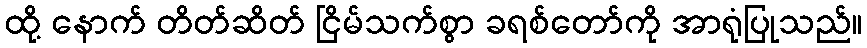
ထို့ နောက် တိတ်ဆိတ် ငြိမ်သက်စွာ ခရစ်တော်ကို အာရုံပြုသည်။